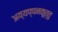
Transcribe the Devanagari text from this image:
अय्यप्पनकूत्तु